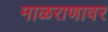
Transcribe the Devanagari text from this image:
माळराणावर